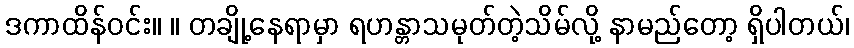
ဒကာထိန်ဝင်း။ ။ တချို့နေရာမှာ ရဟန္တာသမုတ်တဲ့သိမ်လို့ နာမည်တော့ ရှိပါတယ်၊